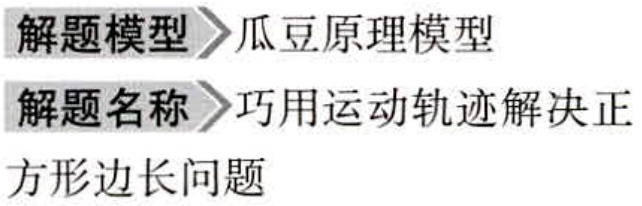
解题模型 \(\rhd\) 瓜豆原理模型

解题名称 \(\rhd\) 巧用运动轨迹解决正

方形边长问题